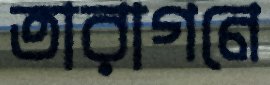
তারাগনে